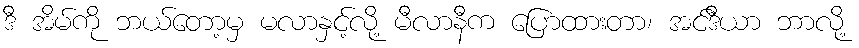
ဒီ အိမ်ကို ဘယ်တော့မှ မလာနှင့်လို့ မီလာနီက ပြောထားတာ၊ အင်ဒီယာ ဘာလို့